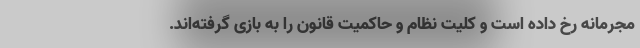
مجرمانه رخ داده است و کلیت نظام و حاکمیت قانون را به بازی گرفته‌اند.